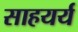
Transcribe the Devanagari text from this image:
साहयर्य